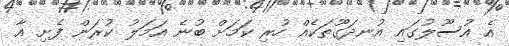
އެ އުސޫލުގައި އުނދަގޫތަކެއް ހުރި ކަމަށް ބުނެ އަމަލު ކުރަން ފެށި އާ